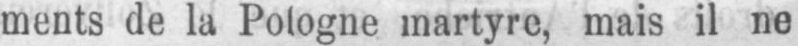
ments de la Pologne martyre, mais il ne